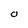
Character: O